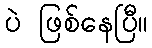
ပဲ ဖြစ်နေပြီ။